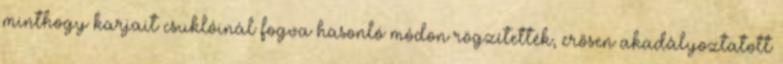
minthogy karjait csuklóinál fogva hasonló módon rögzítették, erősen akadályoztatott